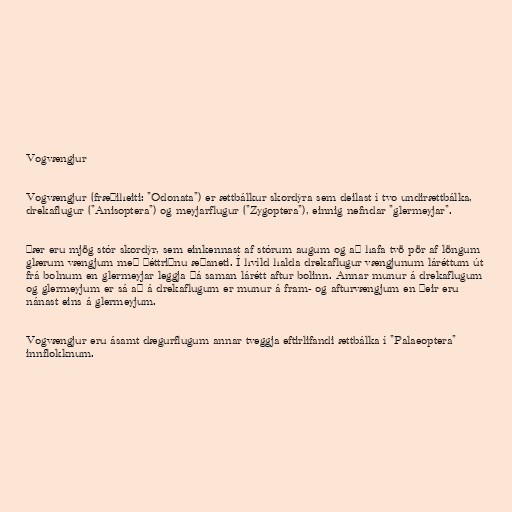
Vogvængjur

Vogvængjur (fræðiheiti: "Odonata") er ættbálkur skordýra sem deilast í tvo undirættbálka,
drekaflugur ("Anisoptera") og meyjarflugur ("Zygoptera"), einnig nefndar "glermeyjar".

Þær eru mjög stór skordýr, sem einkennast af stórum augum og að hafa tvö pör af löngum
glærum vængjum með þéttriðnu æðaneti. Í hvíld halda drekaflugur vængjunum láréttum út
frá bolnum en glermeyjar leggja þá saman lárétt aftur bolinn. Annar munur á drekaflugum
og glermeyjum er sá að á drekaflugum er munur á fram- og afturvængjum en þeir eru
nánast eins á glermeyjum.

Vogvængjur eru ásamt dægurflugum annar tveggja eftirlifandi ættbálka í "Palaeoptera"
innflokknum.